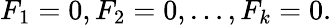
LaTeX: F_{1}=0,F_{2}=0,\ldots,F_{k}=0.